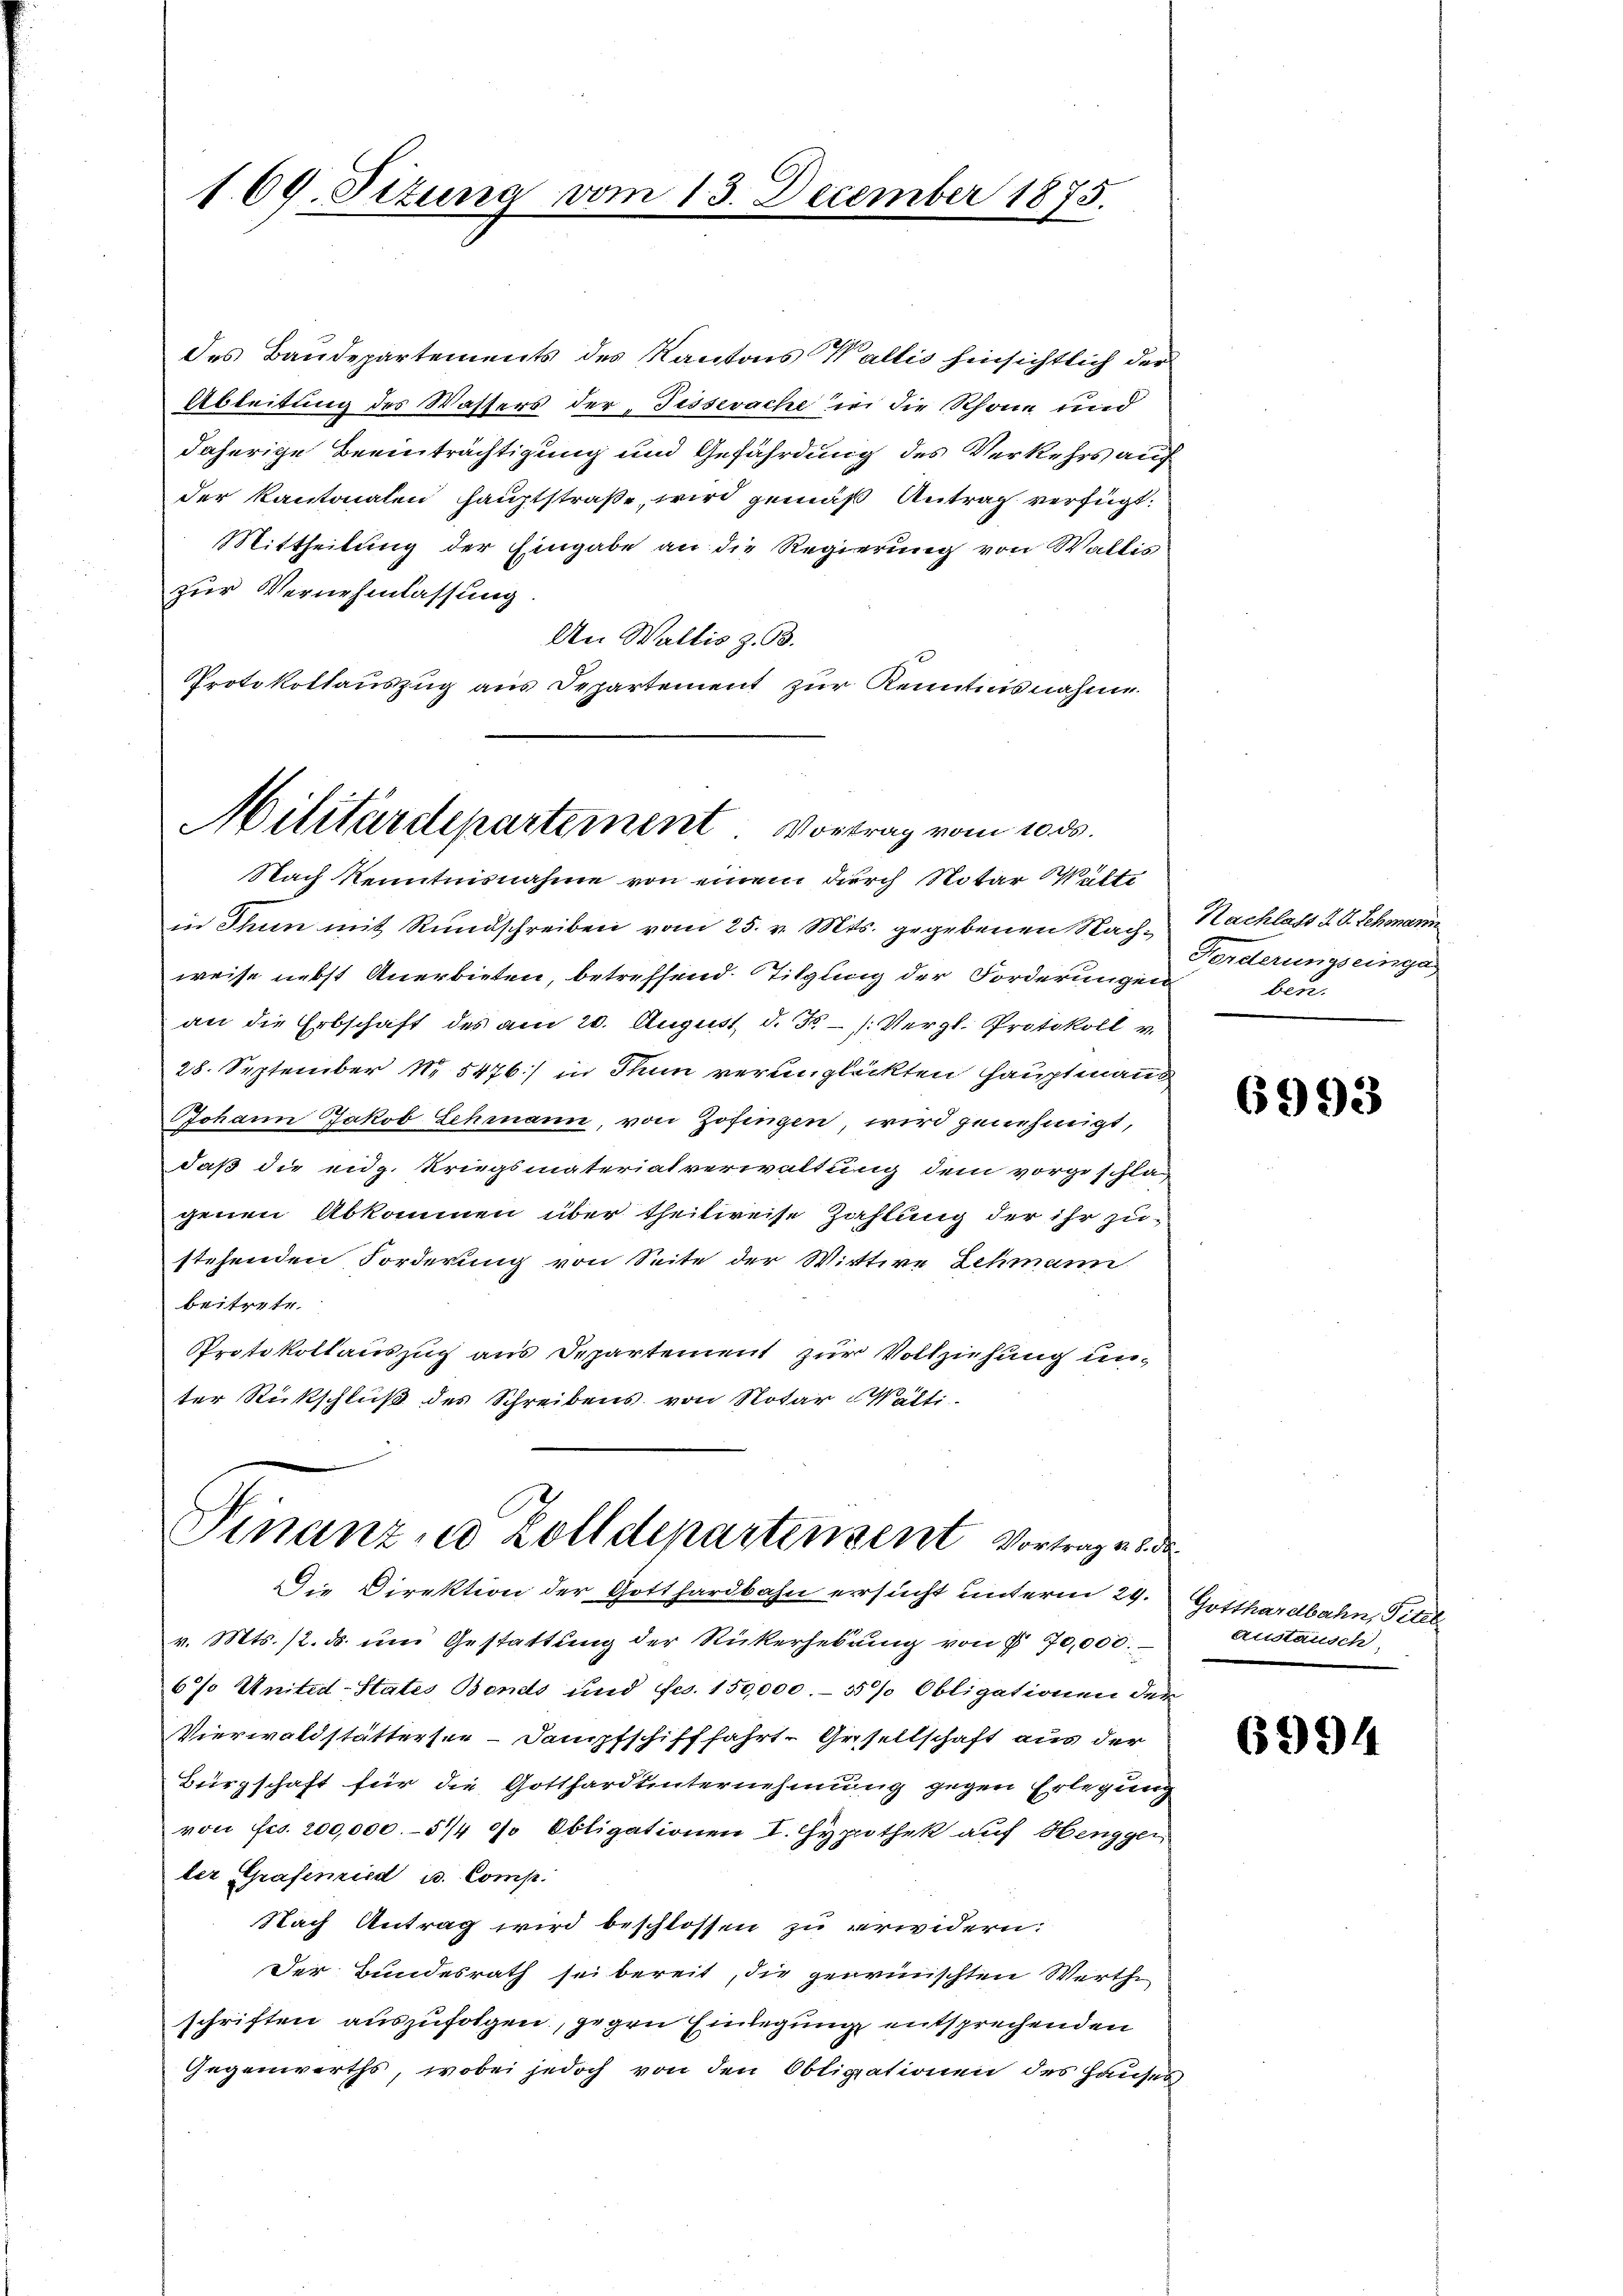
109. Situng vom 13. December 1875.

des Baudepartements des Kantons Wallis hinsichtlich der
Ableitung des Wassers der Fesserache in die Schöne und
daherige Beeinträchtigung und Gefährdung des Verkehrs auf
der Kantonalen hauptstraße, wird gemäß Antrag verfügt:
Mittheilung der Eingabe an die Regierung von Wallis
zur Vernehmlassung
An Wallis z. B.
Protokollauszug aus Departement zur Kenntnisnahme.

Militärdepartement. Vortrag vom 10. ds.
Nach Kenntnisnahme von einem durch Notar Walte

Finanze Zolldepartensent Vortrag es der
Die Direktion der Gotthardbahn ersucht unterm 29.

in Thun mit Rundschreiben vom 25. v. Mts. gegebenen Nachweise nebst Anerbieten, betreffend Tilgling der Forderungen
an die Erbschaft des am 20. August d. J. /: Vergl. Protokoll v.
28. September N. 5476) in Thun verunglückten Hauptmanns
Johann Jakob Schmann, von Zofingen, wird genehmigt,
daß die eidg. Kriegsmaterialverwaltung dem vorgeschlag
genen Abkommen über theilweise Zahlung der ihr zu-
stehenden Forderung von Seite der Wittwe Lehmann
bertrete
Protokollauszug aus Departement zur Vollziehung unter Rückschluß des Schreibens von Notar -Wälti-

v. Mts. 12. ds. um Gestattung der Rükerhebung von § 70,000.
6% United-States Bends und Fco. 150,000 55% Obligationen der
Vierwaldstättersee-Dampfschifffahrt-Gesellschaft aus der
Bürgschaft für die Gotthardunternehmung gegen Erlegung
von Frs. 200,000.–51/4 0s Obligationen I. Hypothek auf Hengger
ler Grafenried u. Comp.
Nach Antrag wird beschlossen zu erwidern:
Der Bundesrath sei bereit, die genomischten Werthe
schriften auszufolgen, gegen Einlegung entsprechenden
Gegenwirths, wobei jedoch von den Obligationen des Hauses

Nachlass u. V. Schmann
Forderungseinga
ben.

6993

Gotthardbahn, Titel
Austausch

6994